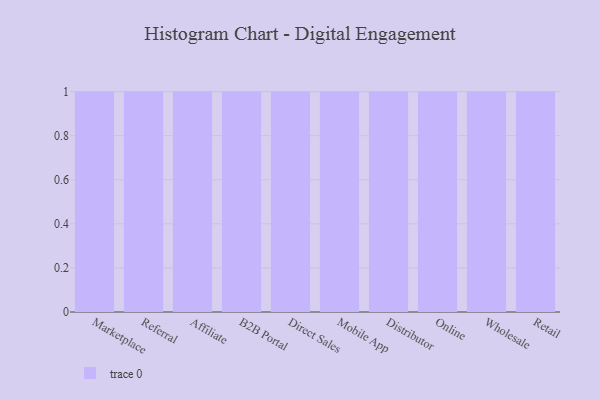
{"axis": {"x": "Channel", "y": "Conversion Rate (%)"}, "legend": [""], "data": [{"x": "Marketplace", "y": 51, "type": ""}, {"x": "Referral", "y": 34, "type": ""}, {"x": "Affiliate", "y": 81, "type": ""}, {"x": "B2B Portal", "y": 66, "type": ""}, {"x": "Direct Sales", "y": 98, "type": ""}, {"x": "Mobile App", "y": 45, "type": ""}, {"x": "Distributor", "y": 73, "type": ""}, {"x": "Online", "y": 57, "type": ""}, {"x": "Wholesale", "y": 82, "type": ""}, {"x": "Retail", "y": 93, "type": ""}]}